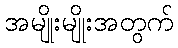
အမျိုးမျိုးအတွက်